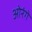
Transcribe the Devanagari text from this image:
ओरंगे